Indian journal of veterinary science and animal husbandry - Volume 2,
Year: 1932
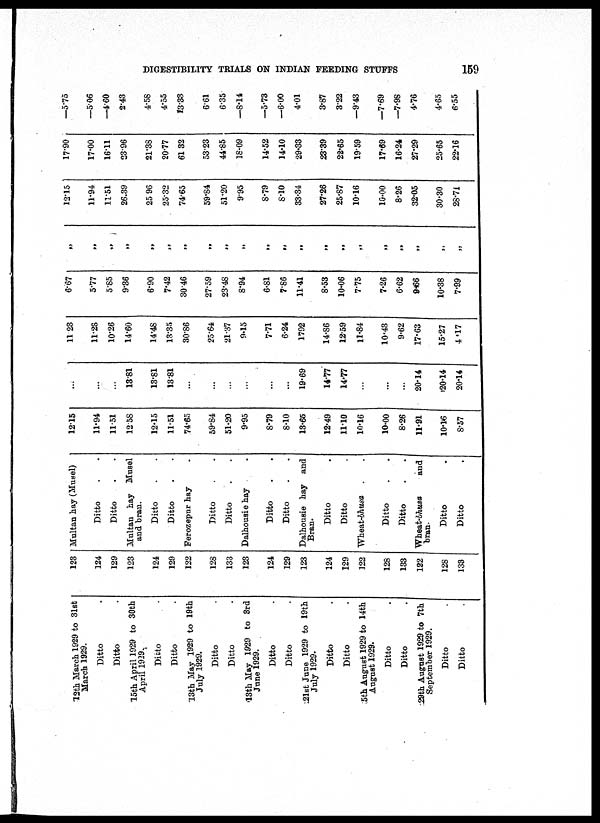
DIGESTIBILITY TRIALS ON INDIAN FEEDING STUFFS
159
12th March 1929 to 31st
March 1929.
Ditto .
Ditto .
15th April 1929 to 30th
April 1929.
Ditto .
Ditto .
13th May 1929 to 19th
July 1929.
Ditto .
Ditto .
13th May 1929 to 3rd
June 1929.
Ditto .
Ditto .
21st June 1929 to 19th
July 1929.
Ditto .
Ditto .
5th August 1929 to 14th
August 1929.
Ditto .
Ditto .
29th August 1929 to 7th
Septemher 1929.
Ditto .
Ditto .
123
124
129
123
124
129
122
128
133
123
124
129
123
124
129
122
128
133
122
128
133
Multan hay (Musel)
Ditto . .
Ditto . .
Multan hay Musel
and bran.
Ditto . .
Ditto . .
Ferozepur hay .
Ditto . .
Ditto . .
Dalhousie hay . .
Ditto . .
Ditto . .
Dalhousie hay and
Bran.
Ditto .
Ditto .
Wheat-bhusa . .
Ditto . .
Ditto . .
Wheat-bhusa
and
bran.
Ditto .
Ditto .
12.15
11.94
11.51
12.58
12.15
11.51
74.65
59.84
51.20
9.95
8.79
8.10
13.65
12.49
11.10
10.16
10.00
8.26
11.91
10.16
8.57
...
...
...
13.81
13.81
13.81
...
...
...
...
...
...
19.69
14.77
14.77
...
...
...
20.14
20.14
20.14
11.23
11.23
10.26
14.60
14.48
13.35
30.86
25.64
21.37
9.15
7.71
6.24
1792
14.86
12.59
11.84
10.43
9.62
17.63
15.27
4.17
6.67
5.77
5.85
9.36
6.90
7.42
30.46
27.59
23.48
8.94
6.81
7.86
11.41
8.53
10.06
7.75
7.26
6.62
9.66
10.38
7.99
„
„
„
„
„
„
„
„
„
„
„
„
„
„
„
„
„
„
„
„
„
12.15
11.94
11.51
26.39
25.96
25.32
74.65
59.84
51.20
9.95
8.79
8.10
33.34
27.26
25.87
10.16
10.00
8.26
32.05
30.30
28.71
17.90
17.00
16.11
23.96
21.38
20.77
61.32
53.23
44.85
18.09
14.52
14.10
29.33
23.39
22.65
19.59
17.69
16.24
27.29
25.65
22.16
—5.75
—5.06
—4.60
2.43
4.58
4.55
13.33
661
6.35
—8.14
—5.73
—6.00
4.01
3.87
3.22
—9.43
—7.69
—7.98
4.76
4.65
6.55